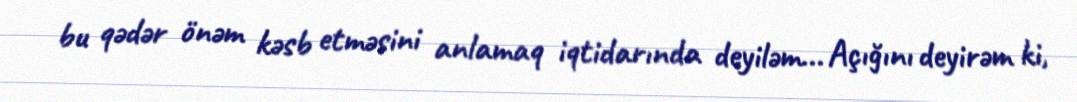
bu qədər önəm kəsb etməsini anlamaq iqtidarında deyiləm... Açığını deyirəm ki,